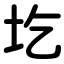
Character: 圪